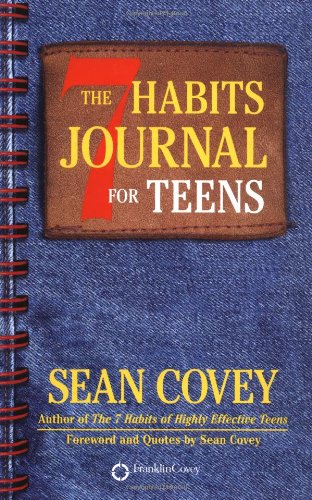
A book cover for The 7 Habits Journal for Teens; Sean Covey; Teen & Young Adult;